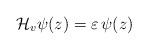
LaTeX: \begin{align*}\mathcal{H}_v\psi(z)=\varepsilon\,\psi(z)\end{align*}